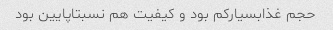
حجم غذابسیارکم بود و کیفیت هم نسبتاپایین بود